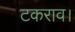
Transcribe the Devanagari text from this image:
टकराव।